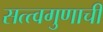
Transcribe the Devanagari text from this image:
सत्त्वगुणाची